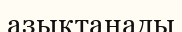
азықтанады